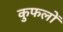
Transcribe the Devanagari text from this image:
कुफलों